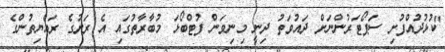
"ކުޅުދުއްފުށި ސަޕޯޓަރުންނަށް ދައުވަތު ދިނީ މިނިވަން ފުޓްބޯޅަ މުބާރާތުގައި އެ ރަށުގެ ރައްޔިތުންގެ